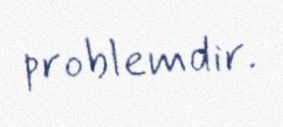
problemdir.